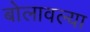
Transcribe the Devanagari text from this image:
बोलावल्या